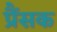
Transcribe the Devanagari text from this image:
प्रैंसक